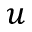
\boldsymbol { u }